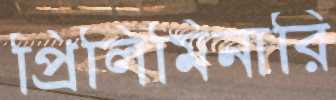
প্রিলিমিনারি